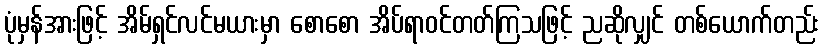
ပုံမှန်အားဖြင့် အိမ်ရှင်လင်မယားမှာ စောစော အိပ်ရာဝင်တတ်ကြသဖြင့် ညဆိုလျှင် တစ်ယောက်တည်း